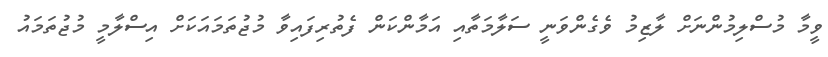
ވީމާ މުސްލިމުންނަށް ލާޒިމު ވެގެންވަނީ ސަލާމަތާއި އަމާންކަން ފެތުރިފައިވާ މުޖުތަމައަކަށް އިސްލާމީ މުޖުތަމައު